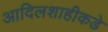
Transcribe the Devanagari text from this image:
आदिलशाहीकडे